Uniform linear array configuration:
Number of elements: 64
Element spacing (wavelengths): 0.25
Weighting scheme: exponential
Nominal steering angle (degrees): -60
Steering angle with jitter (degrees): -59.731
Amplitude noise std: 0.05
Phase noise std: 0.05

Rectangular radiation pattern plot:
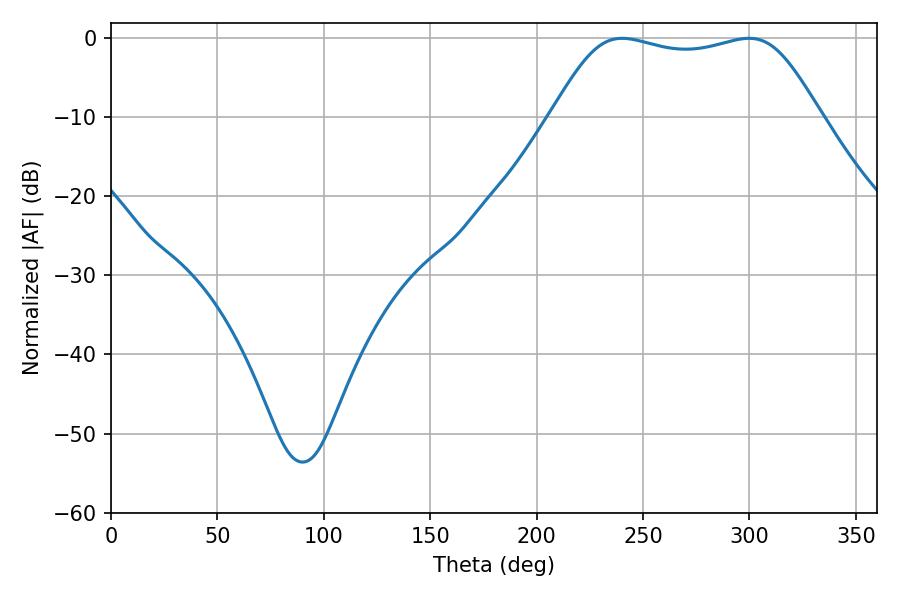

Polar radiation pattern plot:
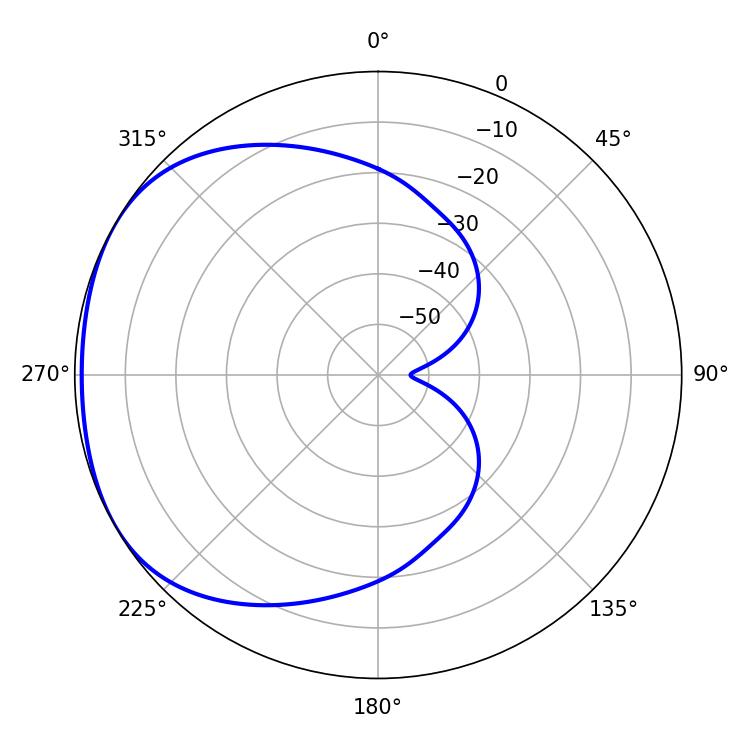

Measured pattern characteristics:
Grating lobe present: FALSE
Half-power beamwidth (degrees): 96.12
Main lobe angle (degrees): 240.12